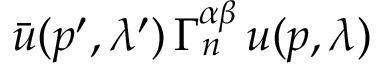
\bar { u } ( p ^ { \prime } , \lambda ^ { \prime } ) \, \Gamma _ { n } ^ { \alpha \beta } \, u ( p , \lambda )